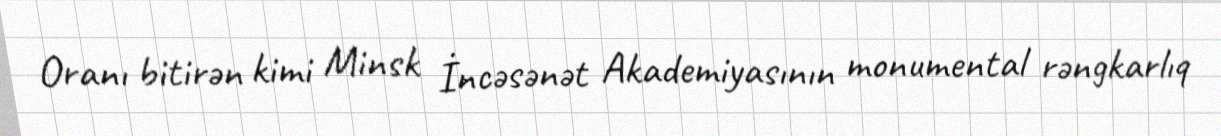
Oranı bitirən kimi Minsk İncəsənət Akademiyasının monumental rəngkarlıq